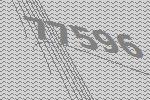
77596